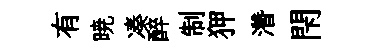
有暁凑醉制狎濳閇